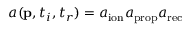
a ( \mathbf { p } , t _ { i } , t _ { r } ) = a _ { \mathrm { i o n } } a _ { \mathrm { p r o p } } a _ { \mathrm { r e c } }